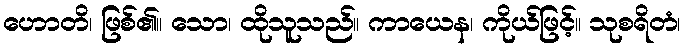
ဟောတိ၊ ဖြစ်၏။ သော၊ ထိုသူသည်။ ကာယေန၊ ကိုယ်ဖြင့်။ သုစရိတံ၊